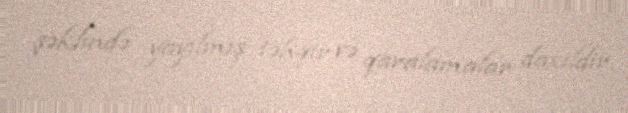
şəklində yayılmış təhqir və qaralamalar daxildir.